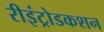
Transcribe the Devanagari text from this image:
रीइंट्रोडकशन